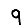
Digit: 9